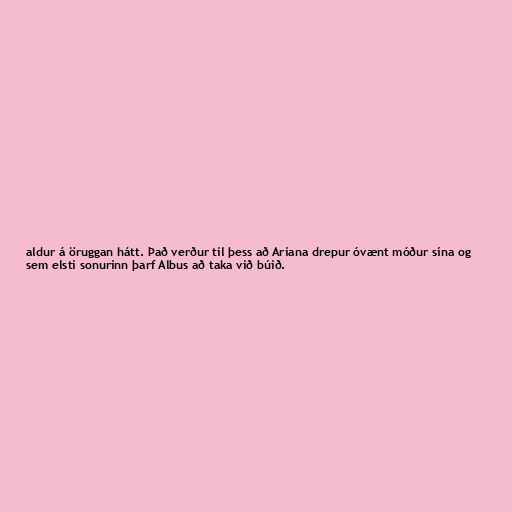
aldur á öruggan hátt. Það verður til þess að Ariana drepur óvænt móður sína og
sem elsti sonurinn þarf Albus að taka við búið.